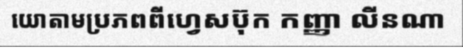
យោតាមប្រភពពីហ្វេសប៊ុក កញ្ញា លីនណា